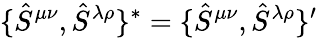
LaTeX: \{ \hat{S}^{\mu\nu},\hat{S}^{\lambda\rho}\} ^{*}=\{ \hat{S}^{\mu\nu},\hat{S}^{\lambda\rho}\} ^{\prime}